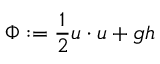
\Phi : = \frac { 1 } { 2 } \boldsymbol { u } \cdot \boldsymbol { u } + g h